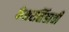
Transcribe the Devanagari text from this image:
केशरसिंहाची